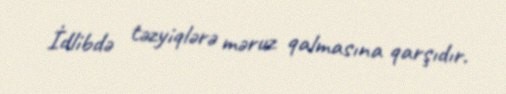
İdlibdə təzyiqlərə məruz qalmasına qarşıdır.